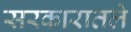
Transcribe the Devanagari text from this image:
सरकारातले